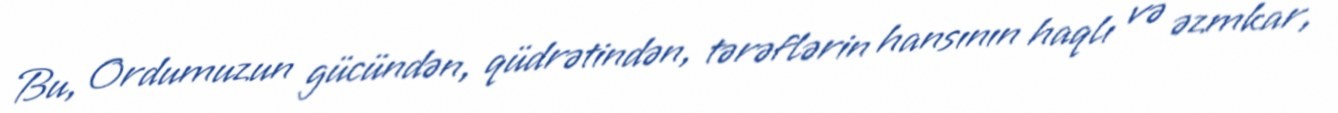
Bu, Ordumuzun gücündən, qüdrətindən, tərəflərin hansının haqlı və əzmkar,